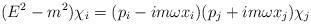
LaTeX: \begin{align*}(E^2 -m^2)\chi_i=(p_i -im\omega x_i) (p_j +im\omega x_j)\chi_j\end{align*}